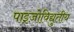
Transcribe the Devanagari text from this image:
पाइज़ोविद्युतीय